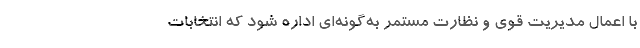
با اعمال مدیریت قوی و نظارت مستمر به‌گونه‌ای اداره شود که انتخابات